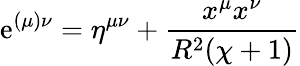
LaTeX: \mathrm{e}^{(\mu)\nu}=\eta^{\mu\nu}+\frac{{x^{\mu}x^{\nu}}}{{R^{2}(\chi+1)}}